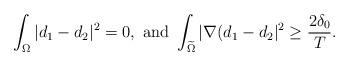
LaTeX: \begin{align*}\int_{\Omega}|d_1-d_2|^2=0,\ {\rm{and}}\ \int_{\widetilde\Omega}|\nabla (d_1-d_2|^2\ge \frac{2\delta_0}{T}.\end{align*}